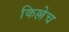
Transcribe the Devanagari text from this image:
किल्लेच